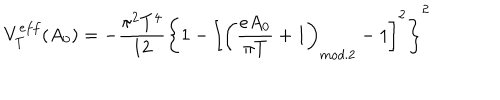
V _ { T } ^ { e f f } ( A _ { 0 } ) = - \frac { \pi ^ { 2 } T ^ { 4 } } { 1 2 } \left\{ 1 - \left[ \left( \frac { e A _ { 0 } } { \pi T } + 1 \right) _ { m o d . 2 } - 1 \right] ^ { 2 } \right\} ^ { 2 }